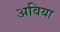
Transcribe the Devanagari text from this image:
अविया